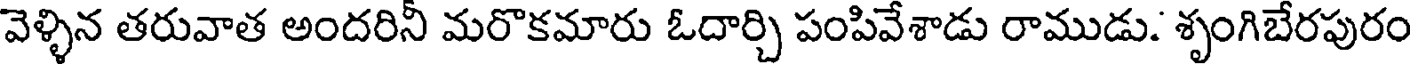
వెళ్ళిన తరువాత అందరినీ మరొకమారు ఓదార్చి పంపివేశాడు రాముడు. శృంగిబేరపురం